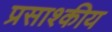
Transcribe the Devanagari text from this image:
प्रसाश्कीय